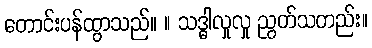
တောင်းပန်ထွာသည်။ ။ သဒ္ဓါလှုလှု ညွတ်သတည်း။